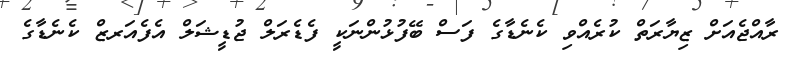
ރާއްޖެއަށް ޒިޔާރަތް ކުރެއްވި ކެނެޑާގެ ފަސް ބޭފުޅުންނަކީ ފެޑެރަލް ޖުޑީޝަލް އެފެއަރޒް ކެނެޑާގެ